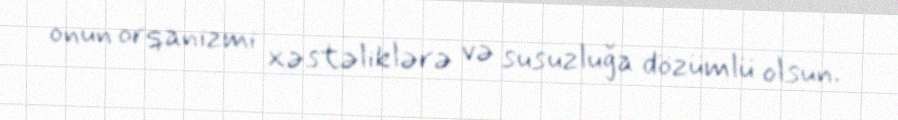
onun orqanizmi xəstəliklərə və susuzluğa dözümlü olsun.